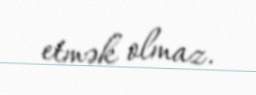
etmək olmaz.